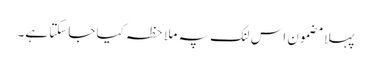
پہلا مضمون اس لنک پہ ملاحظہ کیا جاسکتا ہے۔